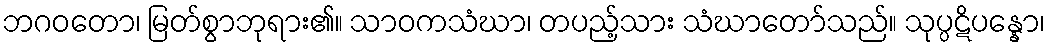
ဘဂဝတော၊ မြတ်စွာဘုရား၏။ သာဝကသံဃာ၊ တပည့်သား သံဃာတော်သည်။ သုပ္ပဋိပန္နော၊